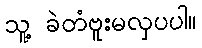
သူ့ ခဲတံဗူးမလှပပါ။